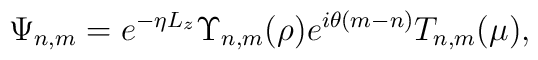
\Psi_{n,m} = e^{-\eta L_z}\Upsilon_{n,m}(\rho)e^{i\theta(m-n)}T_{n,m}(\mu),